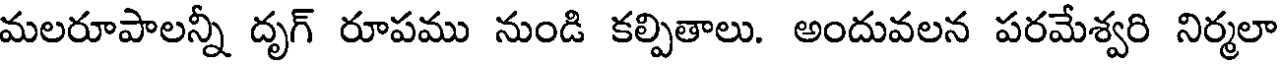
మలరూపాలన్నీ దృగ్ రూపము నుండి కల్పితాలు. అందువలన పరమేశ్వరి నిర్మలా